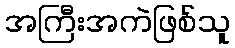
အကြီးအကဲဖြစ်သူ